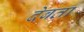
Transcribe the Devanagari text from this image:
देबता